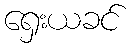
ရှေးယခင်